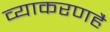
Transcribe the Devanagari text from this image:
व्याकरणहै